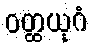
ဝတ္ထယုဂံ